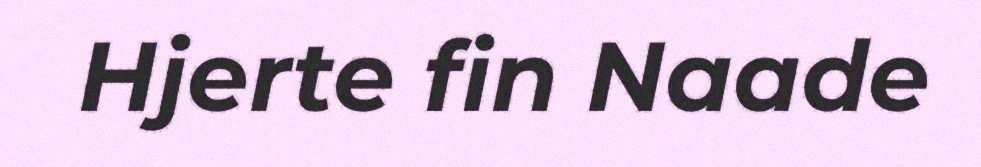
Hjerte fin Naade